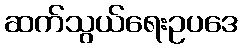
ဆက်သွယ်ရေးဥပဒေ